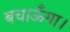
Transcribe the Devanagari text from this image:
बचाऊँगा।